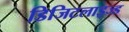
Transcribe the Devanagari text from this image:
डिजिटलाइज्ड